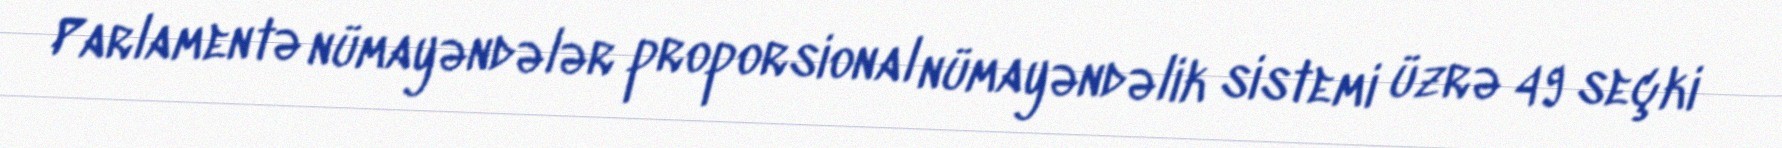
Parlamentə nümayəndələr proporsional nümayəndəlik sistemi üzrə 49 seçki